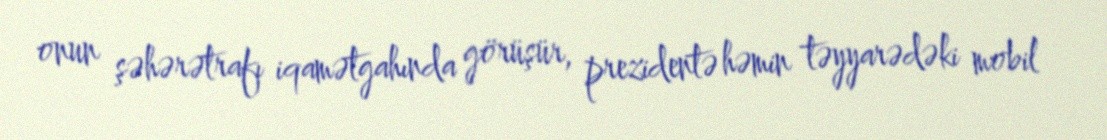
onun şəhərətrafı iqamətgahında görüşür, prezidentə həmin təyyarədəki mobil